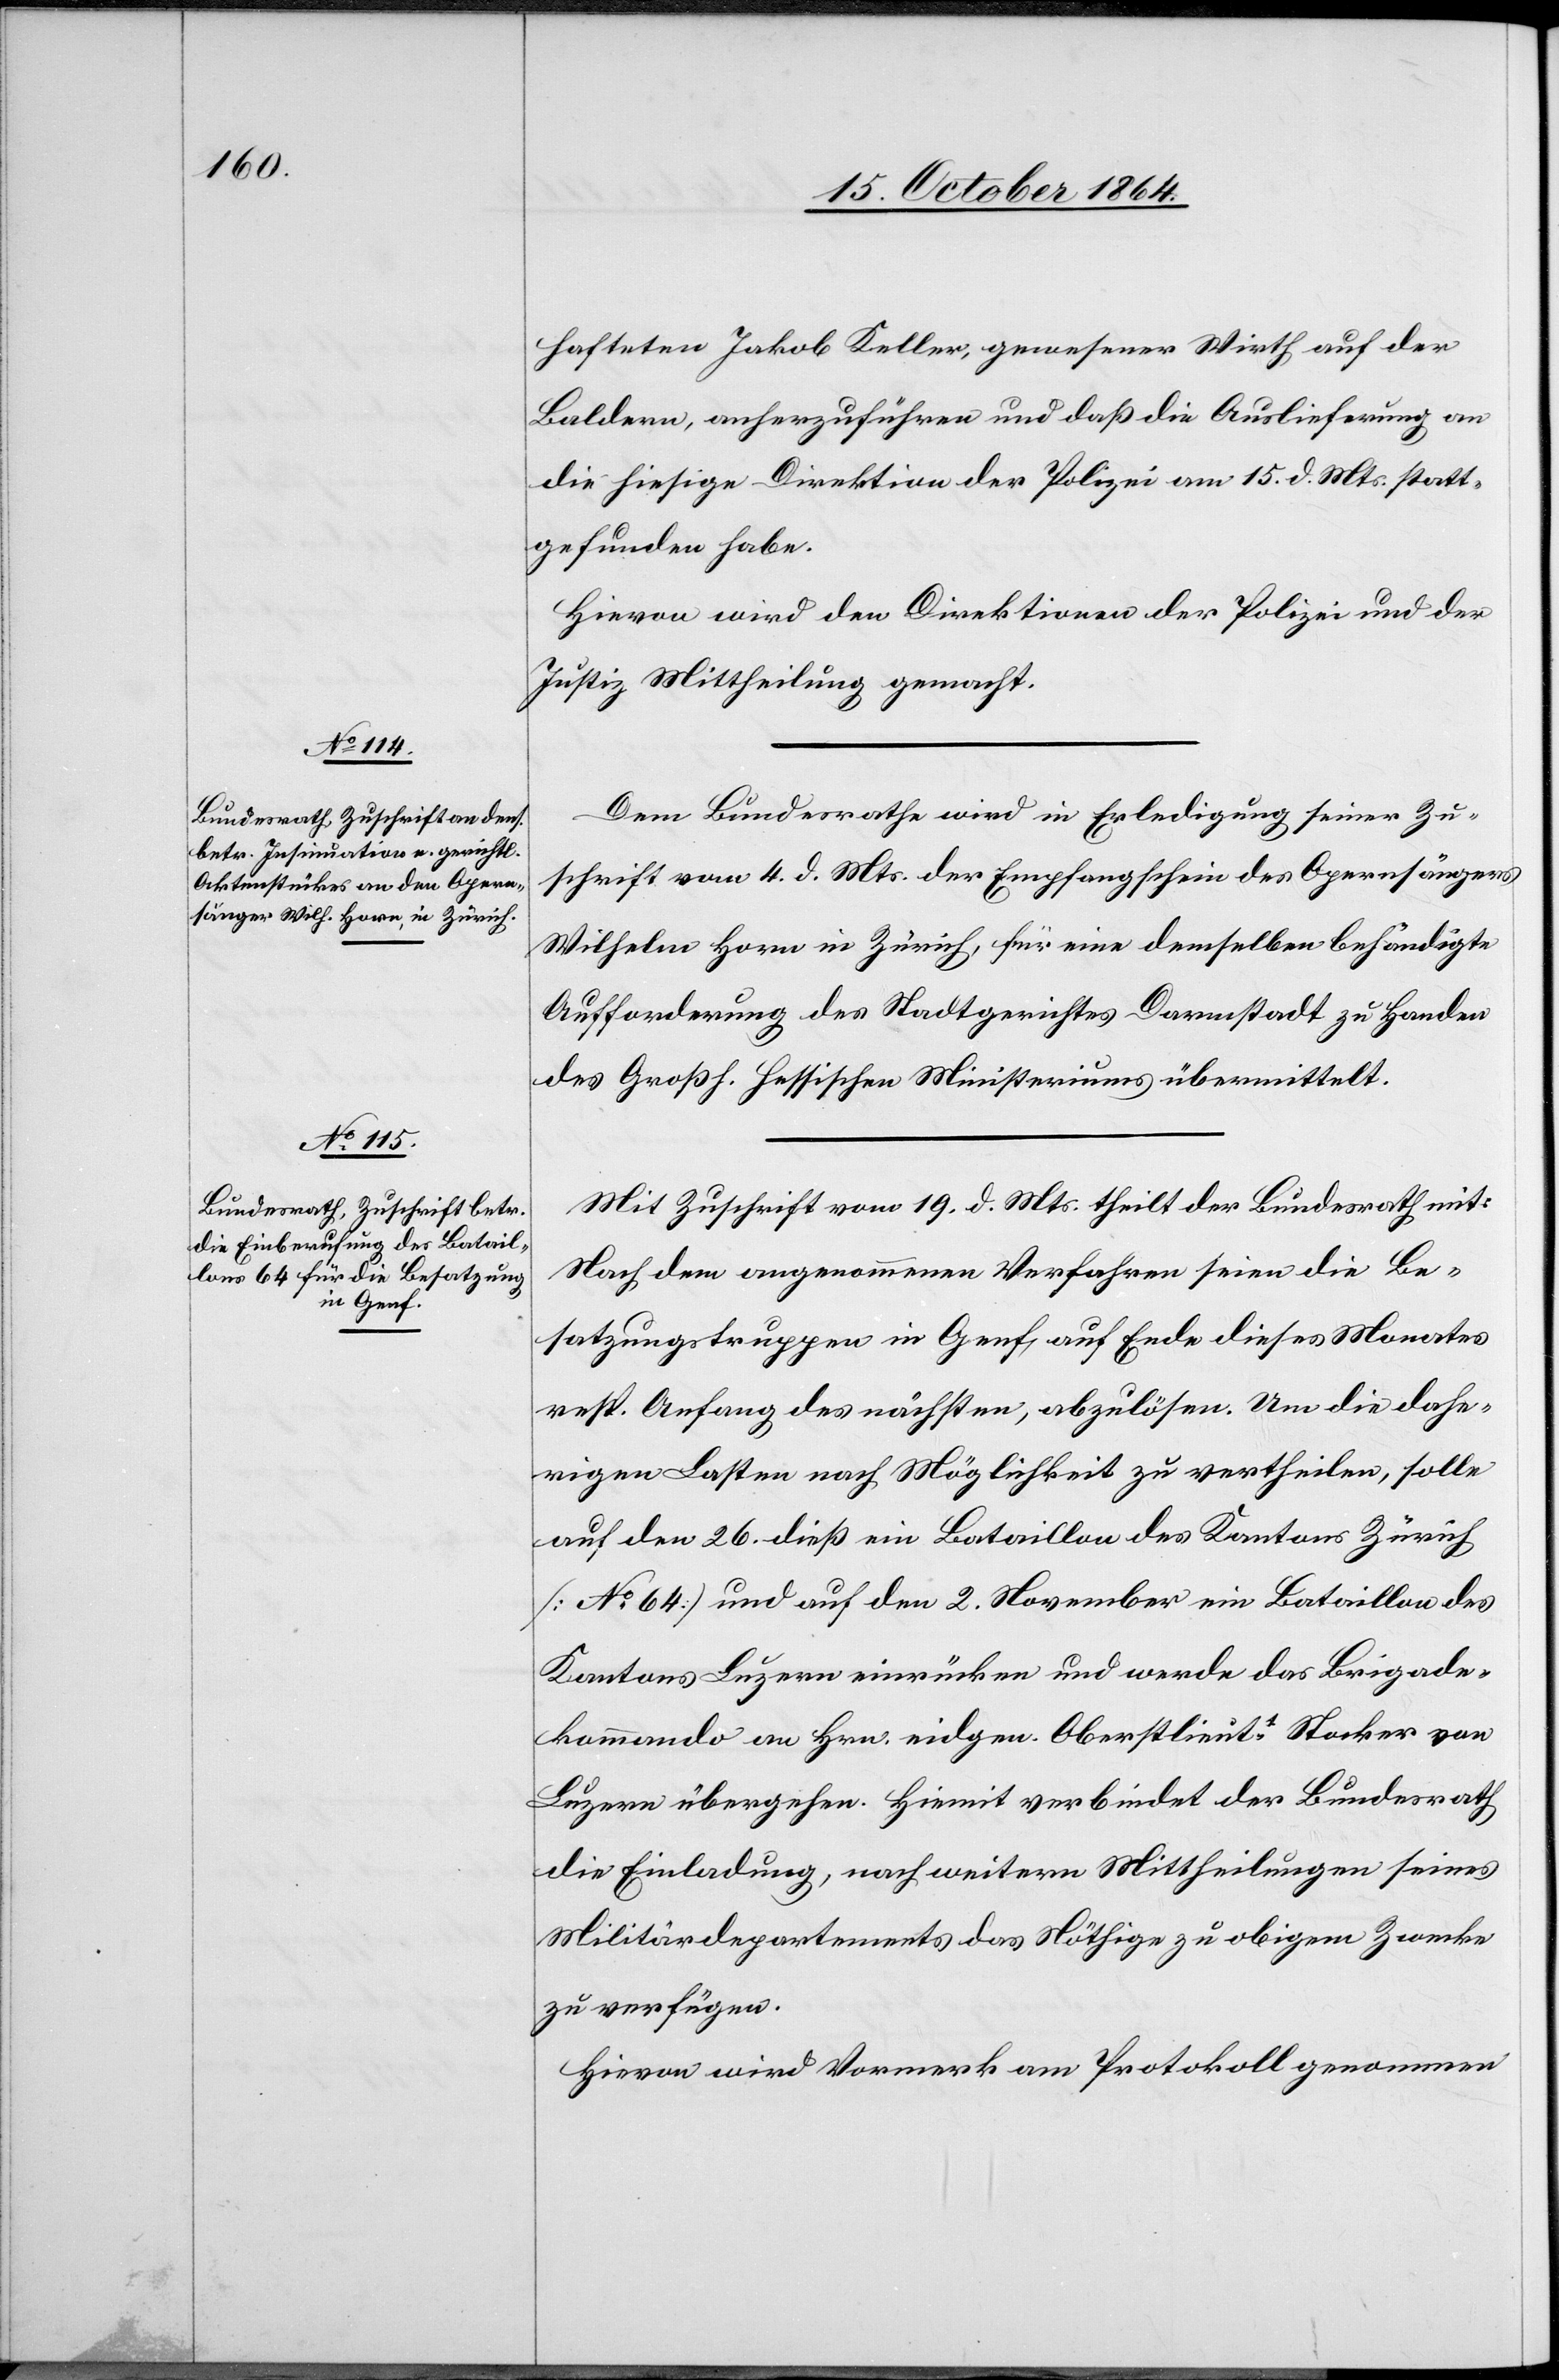
21. October 1864.]
hafteten Jakob Keller, gewesener Wirth auf der
Baldern, anherzuführen und daß die Auslieferung an
die hiesige Direktion der Polizei am 15. d. Mts. statt¬
gefunden habe.
Hievon wird den Direktionen der Polizei und der
Justiz Mittheilung gemacht.
Dem Bundesrathe wird in Erledigung seiner Zu¬
schrift vom 4. d. Mts. der Empfangschein des Opernsängers
Wilhelm Horn in Zürich, für eine demselben behändigte
Aufforderung des Stadtgerichtes Darmstadt zu Handen
des Großh. Hessischen Ministeriums übermittelt.
Mit Zuschrift vom 19. d. Mts. theilt der Bundesrath mit:
Nach dem angenommenen Verfahren seien die Be¬
satzungstruppen in Genf auf Ende dieses Monates
resp. Anfang des nächsten, abzulösen. Um die dahe¬
rigen Lasten nach Möglichkeit zu vertheilen, solle
auf den 26. dieß ein Bataillon des Kantons Zürich
[No 64] und auf den 2. November ein Bataillon des
Kantons Luzern einrücken und werde das Brigade¬
kommando an Hrn. eidgen. Oberstlieutt Stocker von
Luzern übergehen. Hiemit verbindet der Bundesrath
die Einladung, nach weitern Mittheilungen seines
Militärdepartements das Nöthige zu obigem Zwecke
zu verfügen.
Hievon wird Vormerk am Protokoll genommen